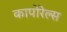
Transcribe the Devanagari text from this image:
कापोरेल्स